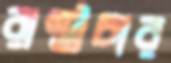
রাষ্ট্রচার